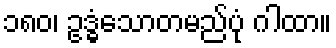
၁၈၀၊ ဥဒ္ဓံသောတမည်ပုံ ဂါထာ။